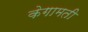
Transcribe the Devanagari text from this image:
केगामती